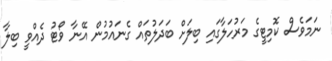
ނަމަވެސް ކޮމިޓީގެ މަރުހަލާގައި ބިލަށް ބަދަލުތައް ގެނައުމުން އޭނާ ވޯޓު ދެއްވީ ބިލާ